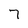
Character: 7